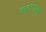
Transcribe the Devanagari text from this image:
कंदांपासून